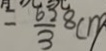
- \frac { 6 2 8 } { 3 } c m